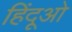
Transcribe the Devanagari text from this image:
हिंदूओ